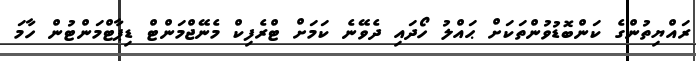
ރައްޔިތުންގެ ކަންބޮޑުވުންތަކަށް ޙައްލު ހޯދައި ދެވޭނެ ކަމަށް ޓްރެފިކް މެނޭޖްމަންޓް ޑިޕާޓްމަންޓުން ހާމަ